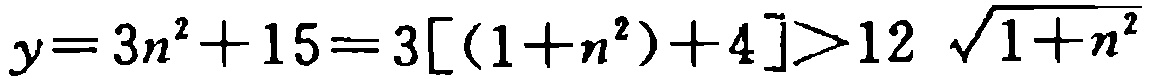
\(y = 3n^{2}+15 = 3[(1 + n^{2})+4]>12\sqrt{1 + n^{2}}\)